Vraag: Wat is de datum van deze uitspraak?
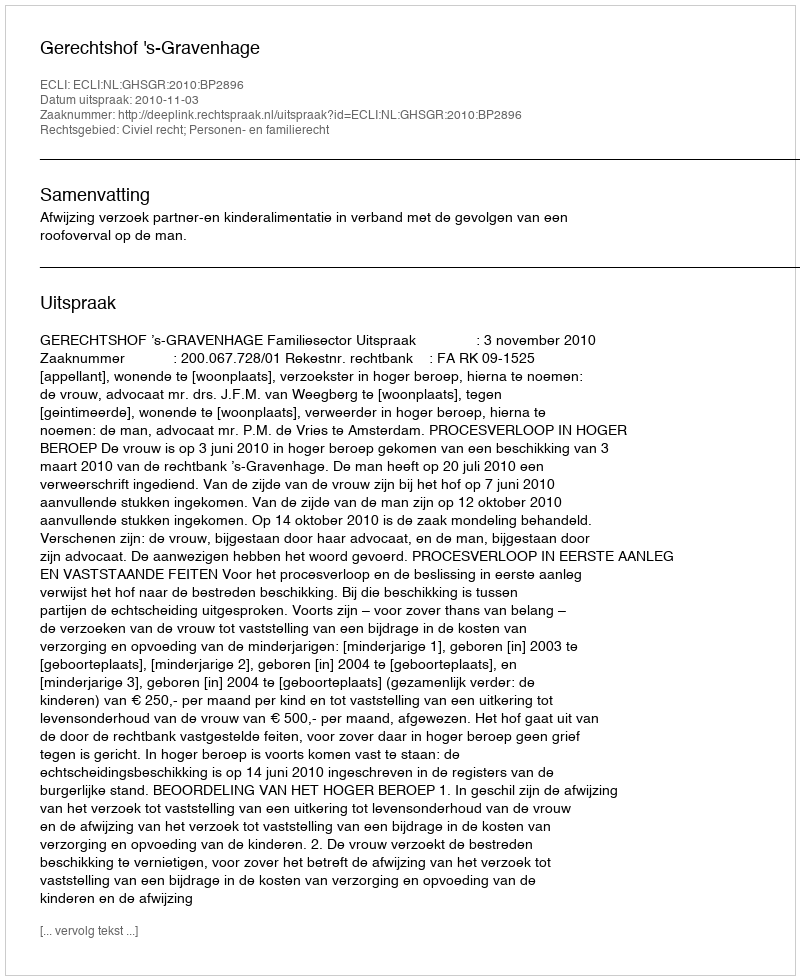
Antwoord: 2010-11-03